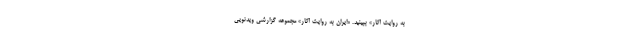
به روایت آثار» ببینید. «ایران به روایت آثار» مجموعه‌ گزارشی ویدئویی